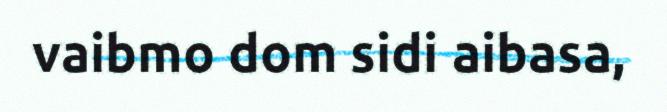
vaibmo dom sidi aibasa,